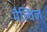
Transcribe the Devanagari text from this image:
मैल्विल